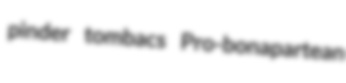
pinder tombacs Pro-bonapartean